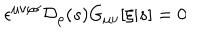
\epsilon ^ { \mu \nu \rho \sigma } { \cal D } _ { \rho } ( s ) G _ { \mu \nu } [ \xi | s ] = 0